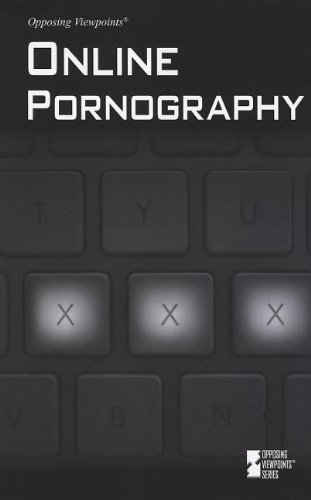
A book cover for Online Pornography (Opposing Viewpoints); David E. Nelson; Teen & Young Adult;